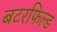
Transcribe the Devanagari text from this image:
बटरफिल्ड